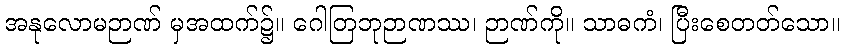
အနုလောမဉာဏ် မှအထက်၌။ ဂေါတြဘုဉာဏဿ၊ ဉာဏ်ကို။ သာဓကံ၊ ပြီးစေတတ်သော။